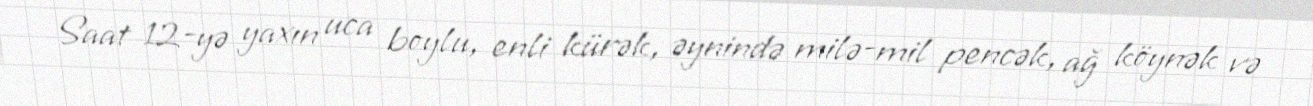
Saat 12-yə yaxın uca boylu, enli kürək, əynində milə-mil pencək, ağ köynək və